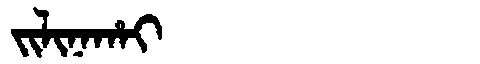
Manchu: ᠵᡳᠯᡳᠨᠠᡥᠠᡳ
Romanization: JILINAHAI